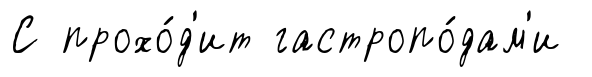
С прохо́д'ит гастропо́дам'и